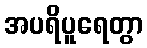
အပရိပူရေတွာ